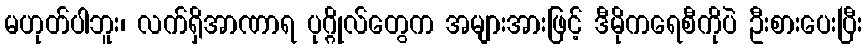
မဟုတ်ပါဘူး၊ လက်ရှိအာဏာရ ပုဂ္ဂိုလ်တွေက အများအားဖြင့် ဒီမိုကရေစီကိုပဲ ဦးစားပေးပြီး